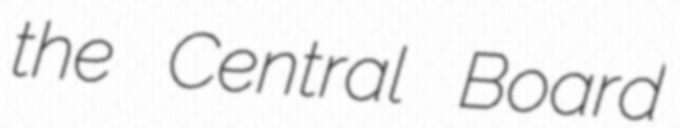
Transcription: the Central Board